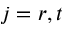
j = r , t